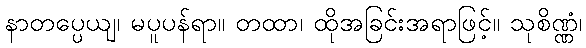
နာတပ္ပေယျ၊ မပူပန်ရာ။ တထာ၊ ထိုအခြင်းအရာဖြင့်။ သုစိဏ္ဏံ၊